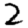
Digit: 2